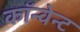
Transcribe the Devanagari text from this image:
कॉन्वेन्ट